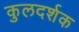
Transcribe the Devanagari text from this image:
कुलदर्शक